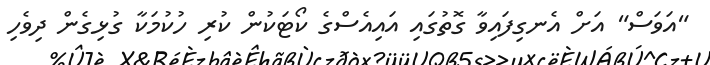
"އަވަސް" އަށް އެނގިފައިވާ ގޮތުގައި އައިއެސްގެ ކޯޓަކުން ކުރި ހުކުމަކާ ގުޅިގެން ދިވެެހި